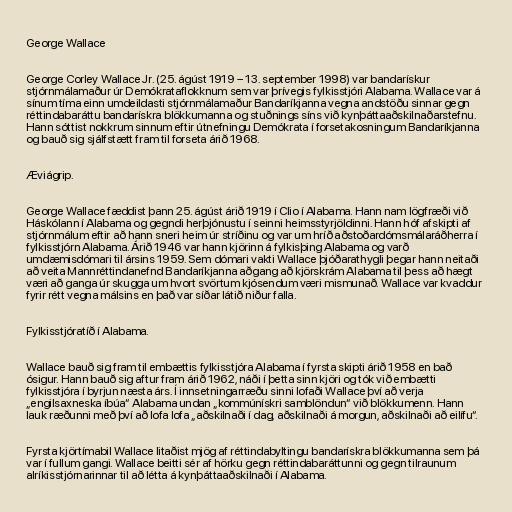
George Wallace

George Corley Wallace Jr. (25. ágúst 1919 – 13. september 1998) var bandarískur
stjórnmálamaður úr Demókrataflokknum sem var þrívegis fylkisstjóri Alabama. Wallace var á
sínum tíma einn umdeildasti stjórnmálamaður Bandaríkjanna vegna andstöðu sinnar gegn
réttindabaráttu bandarískra blökkumanna og stuðnings síns við kynþáttaaðskilnaðarstefnu.
Hann sóttist nokkrum sinnum eftir útnefningu Demókrata í forsetakosningum Bandaríkjanna
og bauð sig sjálfstætt fram til forseta árið 1968.

Æviágrip.

George Wallace fæddist þann 25. ágúst árið 1919 í Clio í Alabama. Hann nam lögfræði við
Háskólann í Alabama og gegndi herþjónustu í seinni heimsstyrjöldinni. Hann hóf afskipti af
stjórnmálum eftir að hann sneri heim úr stríðinu og var um hríð aðstoðardómsmálaráðherra í
fylkisstjórn Alabama. Árið 1946 var hann kjörinn á fylkisþing Alabama og varð
umdæmisdómari til ársins 1959. Sem dómari vakti Wallace þjóðarathygli þegar hann neitaði
að veita Mannréttindanefnd Bandaríkjanna aðgang að kjörskrám Alabama til þess að hægt
væri að ganga úr skugga um hvort svörtum kjósendum væri mismunað. Wallace var kvaddur
fyrir rétt vegna málsins en það var síðar látið niður falla.

Fylkisstjóratíð í Alabama.

Wallace bauð sig fram til embættis fylkisstjóra Alabama í fyrsta skipti árið 1958 en bað
ósigur. Hann bauð sig aftur fram árið 1962, náði í þetta sinn kjöri og tók við embætti
fylkisstjóra í byrjun næsta árs. Í innsetningarræðu sinni lofaði Wallace því að verja
„engilsaxneska íbúa“ Alabama undan „kommúnískri samblöndun“ við blökkumenn. Hann
lauk ræðunni með því að lofa lofa „aðskilnaði í dag, aðskilnaði á morgun, aðskilnaði að eilífu“.

Fyrsta kjörtímabil Wallace litaðist mjög af réttindabyltingu bandarískra blökkumanna sem þá
var í fullum gangi. Wallace beitti sér af hörku gegn réttindabaráttunni og gegn tilraunum
alríkisstjórnarinnar til að létta á kynþáttaaðskilnaði í Alabama.